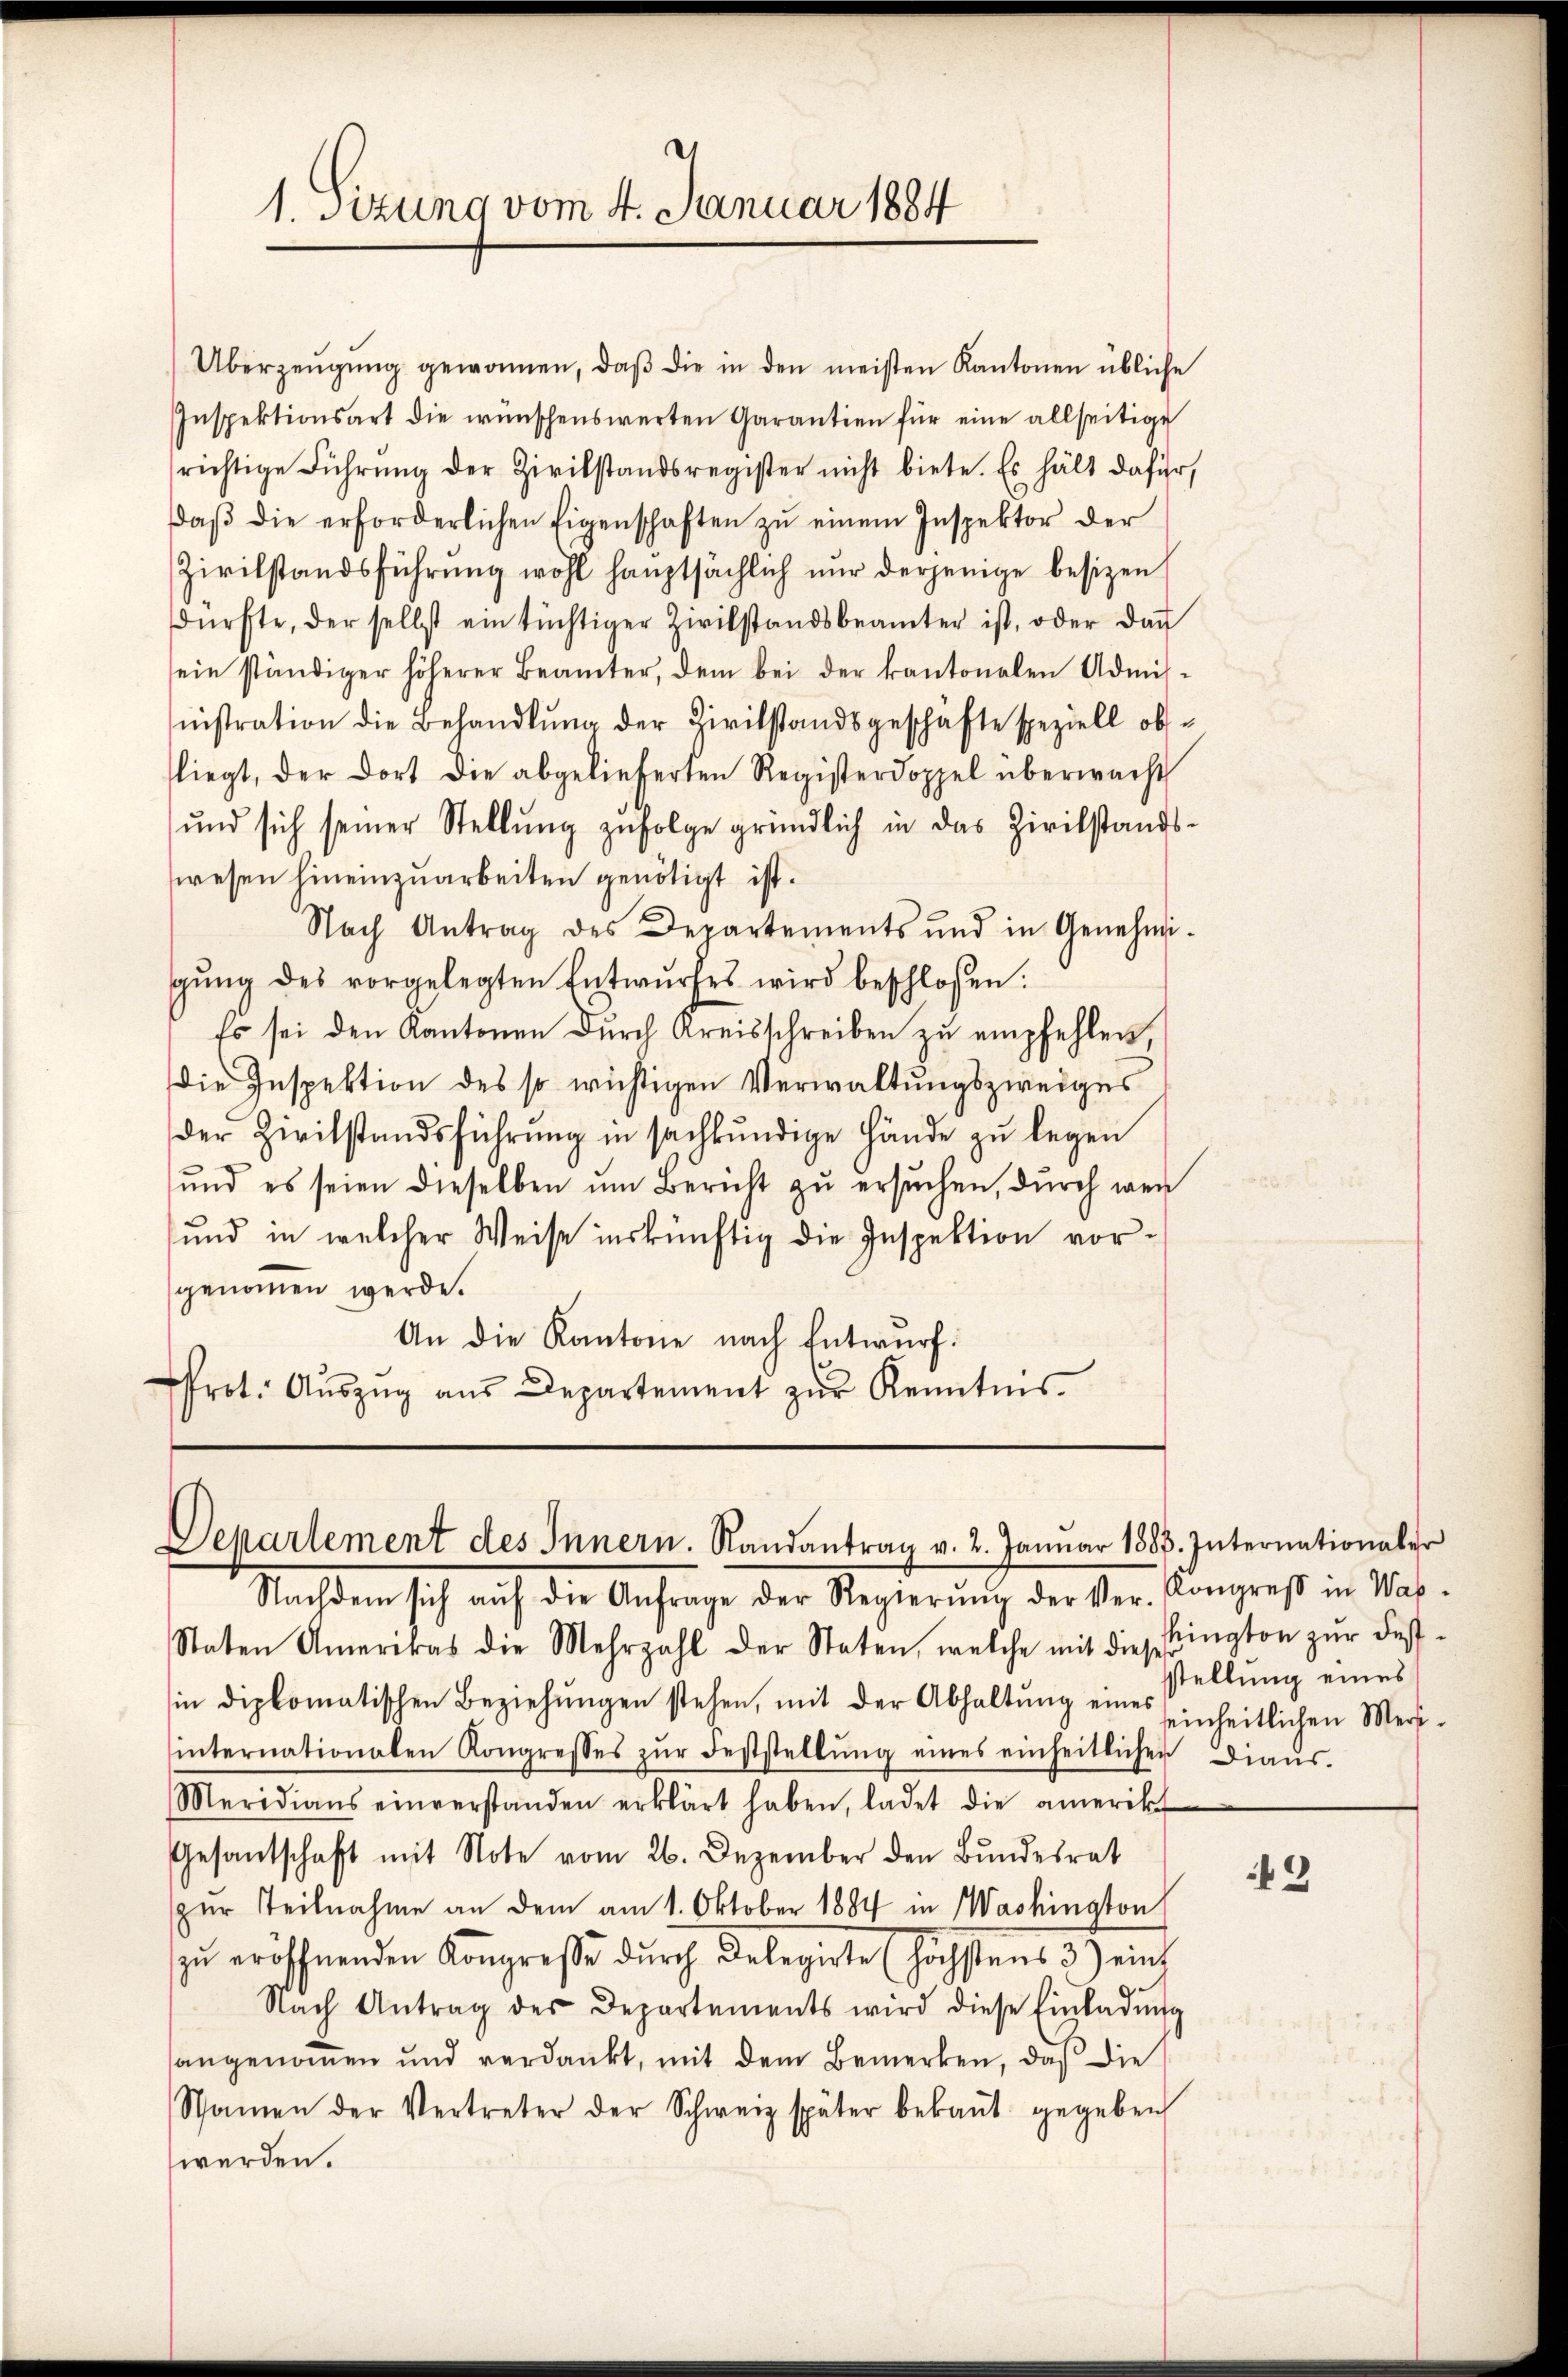
1. Setzung vom 4. Januar 1884

Überzeŭgŭng gewonnen, daβ die in den meisten Kantonen übliche
Inspektionsart die wünschenswerten Garantien für eine allseitige
richtige Führŭng der Zivilstandsregister nicht biete. Es hält dafür,
daβ die erforderlichen Eigenschaften zŭ einem Inspektor der
Zivilstandsführung wohl hauptsächlich nur derjenige besizen
dürfte, der selbst ein tüchtiger Zivilstandsbeamter ist, oder da
sein ständiger höherer Beamter, dem bei der kantonalen Admis-
nistration die Behandlŭng der Zivilstandsgeschäfte speziell obfliegt, der dort die abgelieferten Registerdoppel überwacht
und sich seiner Stellŭng zŭfolge gründlich in das Zivilstands-
wesen hineinzuarbeiten genötigt ist.
Nach Antrag des Departements und in Genehmi-
gŭng des vorgelegten Entwŭrfes wird beschlossen:
Es sei den Kantonen dŭrch Kreisschreiben zŭ empfehlen,
Die Inspektion des so wichtigen Verwaltungszweiges
der Zivilstandsführŭng in sachkŭndige Hände zŭ legen
ŭnd es seien dieselben ŭm Bericht zŭ ersŭchen, durch wen
und in welcher Weise inskünftig die Inspektion vorgenommen werde.
An die Kantone nach Entwurf:
Prot. Aŭszŭg aŭs Departement zŭr Kenntnis

Departement des Innern. Randantrag v. 2. Januar 1885. Internationaler

Nachdem sich auf die Anfrage der Regierŭng der Ver- Kongreß in Was-
Staten Amerikas die Mehrzahl der Staten, welche mit diese Bington zŭr Fest-
in diplomatischen Beziehŭngen stehen, mit der Abhaltŭng eines seinheitlichen Mers-
internationalen Kongresses zŭr Feststellŭng eines einheitlichen Dians.
Meridians einverstanden erklärt haben, ladet die amerik
Gesantschaft mit Note vom 26. Dezember den Bŭndesrat
zŭr Teilnahme an dem am 1. Oktober 1884 in Washington
zu eröffnenden Kongreße durch Delegirte (höchstens 3) eint
Nach Antrag der Departements wird diese Einladŭng
sangenommen und verdankt, mit dem Bemerken, daß die
Namen der Vertreter der Schweiz später bekaṅt gegeben
werden.

stellung eines

42